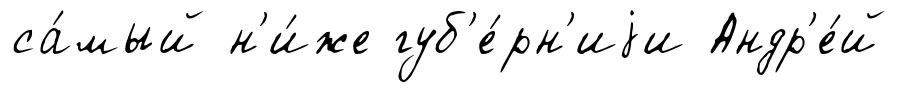
са́мый н'и́же губ'е́рн'иjи Андр'е́й